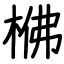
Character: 梻